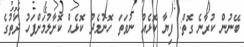
ބޭނުން ކުރާނެ ގޮތް: ފިޔާ ކޮޅެއް ނުވަތަ ހޮނުމެދު ކޮޅެއް ކޮށާލުމަށްފަހު ދަތުގެ